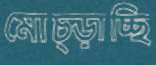
মোচ্‌ড়াচ্ছি